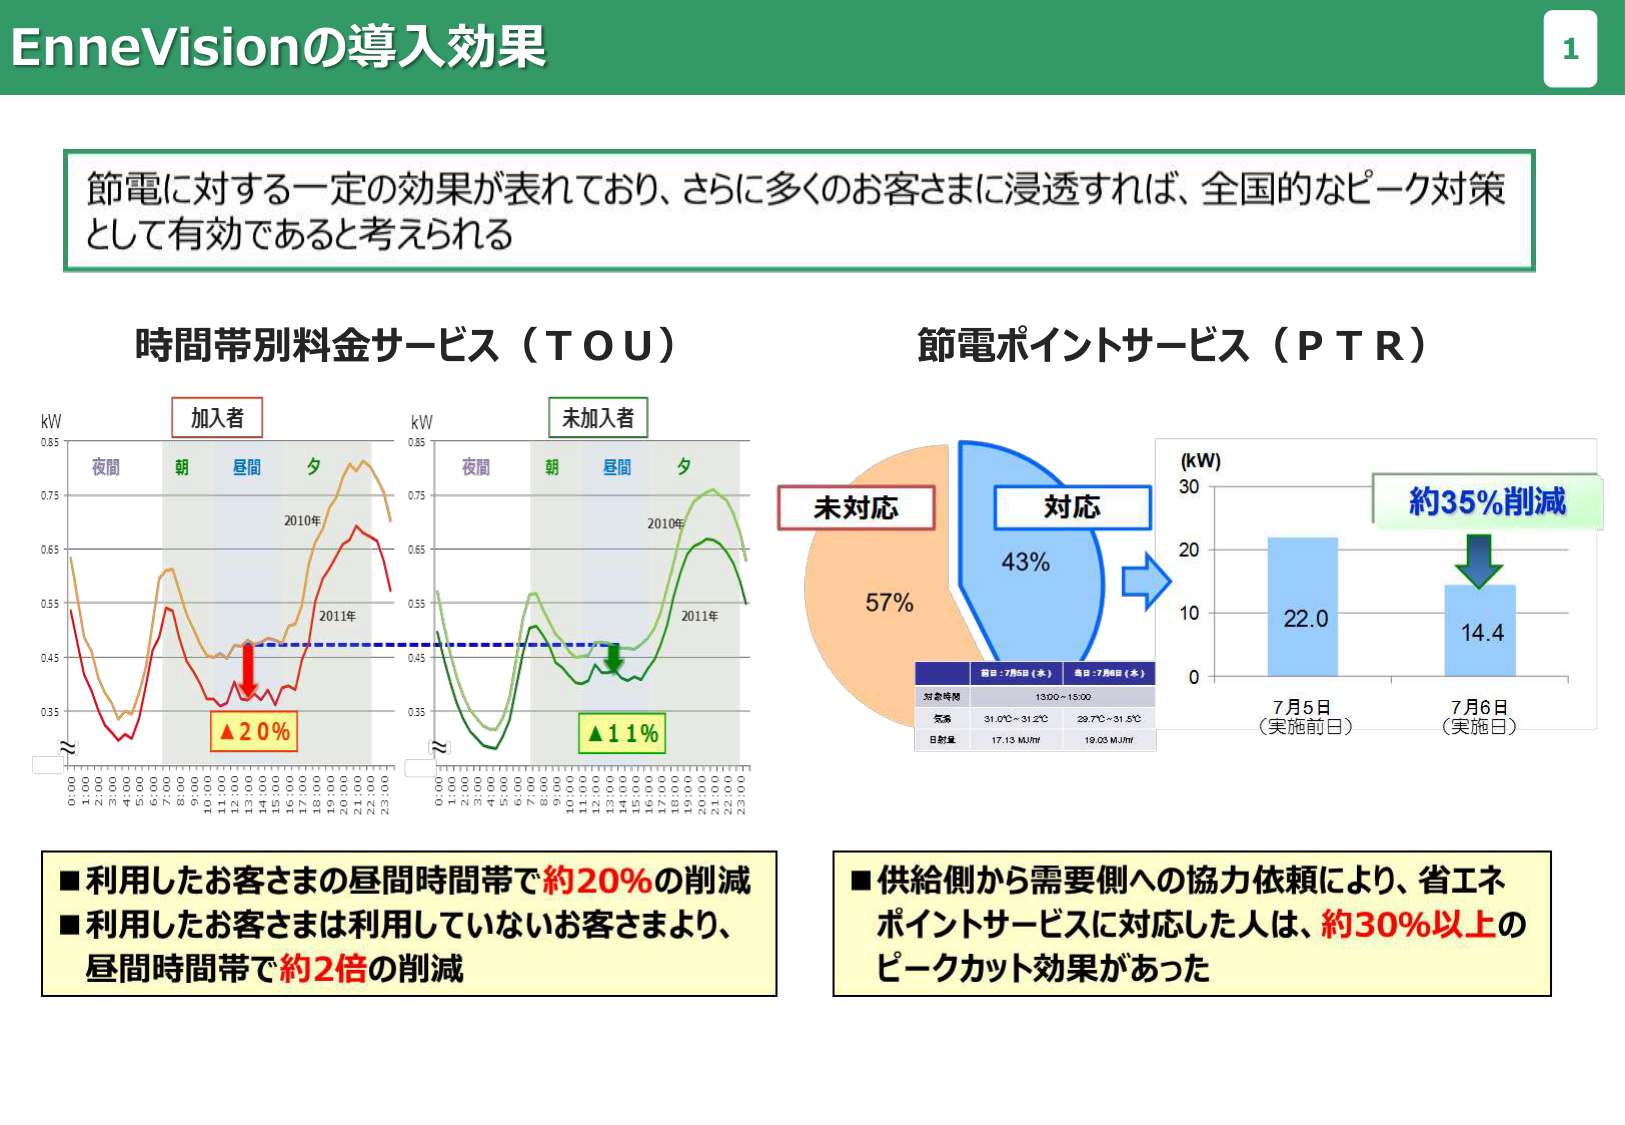
EnneVisionの導入効果

節電に対する一定の効果が表れており、さらに多くのお客さまに浸透すれば、全国的なピーク対策として有効であると考えられる

時間帯別料金サービス（ＴＯＵ）
加入者
未加入者
kW
夜間 朝 昼間 夕
2010年
2011年
△20％
kW
夜間 朝 昼間 夕
2010年
2011年
△11％

節電ポイントサービス（ＰＴＲ）
未対応
57％
対応
43％
(kW)
30
20
10
0
約35％削減
22.0
14.4
7月5日
（実施前日）
7月6日
（実施日）
対象時間 13:00～15:00
気温 31.0℃～31.2℃ 29.7℃～31.5℃
日射量 17.13 MJ/m² 19.03 MJ/m²

■利用したお客さまの昼間時間帯で約20％の削減
■利用したお客さまは利用していないお客さまより、
昼間時間帯で約2倍の削減

■供給側から需要側への協力依頼により、省エネ
ポイントサービスに対応した人は、約30％以上の
ピークカット効果があった

1